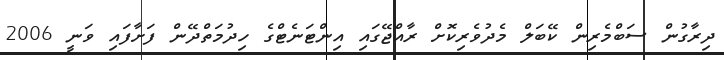
ދިރާގުން ސަބްމެރިން ކޭބަލް މެދުވެރިކޮށް ރާއްޖޭގައި އިންޓަނެޓްގެ ހިދުމަތްދޭން ފަށާފައި ވަނީ 2006